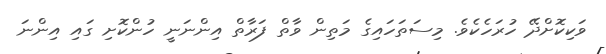
ވަކިކޮށްދޭ ހުރަހެކެވެ. މިސަތަހައިގެ މަތިން ވާތް ފަރާތް އިންނަނީ ހުންކޮށި ގައި އިންނަ